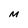
Character: M